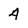
Character: 4